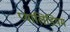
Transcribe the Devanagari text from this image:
प्यालिडियम